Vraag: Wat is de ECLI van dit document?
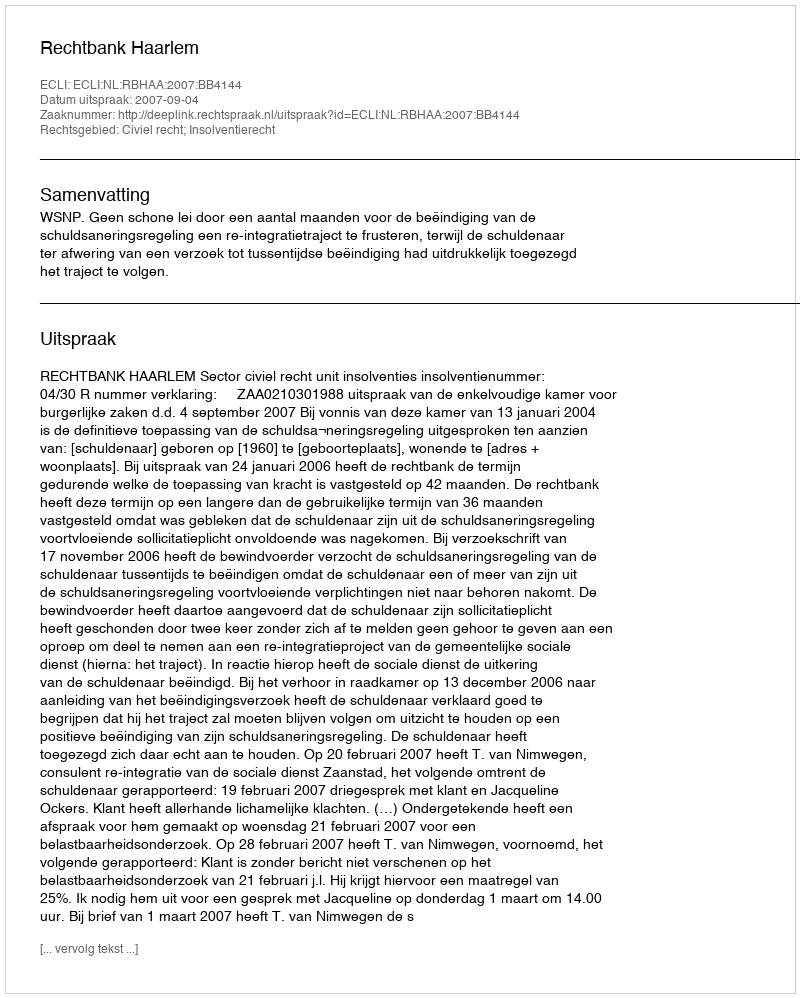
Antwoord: ECLI:NL:RBHAA:2007:BB4144